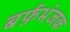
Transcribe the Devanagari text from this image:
बर्फ़भंजक